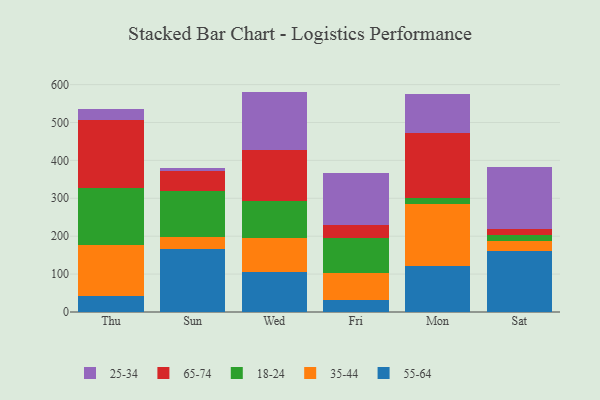
{"axis": {"x": "Day", "y": "Waste Production (Tons)"}, "legend": ["18-24", "25-34", "35-44", "55-64", "65-74"], "data": [{"x": "Thu", "y": 41.6, "type": "55-64"}, {"x": "Thu", "y": 134.8, "type": "35-44"}, {"x": "Thu", "y": 149.7, "type": "18-24"}, {"x": "Thu", "y": 179.5, "type": "65-74"}, {"x": "Thu", "y": 29.1, "type": "25-34"}, {"x": "Sun", "y": 165.7, "type": "55-64"}, {"x": "Sun", "y": 32.1, "type": "35-44"}, {"x": "Sun", "y": 120.2, "type": "18-24"}, {"x": "Sun", "y": 54.7, "type": "65-74"}, {"x": "Sun", "y": 8.2, "type": "25-34"}, {"x": "Wed", "y": 105.9, "type": "55-64"}, {"x": "Wed", "y": 89.1, "type": "35-44"}, {"x": "Wed", "y": 99.0, "type": "18-24"}, {"x": "Wed", "y": 132.3, "type": "65-74"}, {"x": "Wed", "y": 155.2, "type": "25-34"}, {"x": "Fri", "y": 31.4, "type": "55-64"}, {"x": "Fri", "y": 71.5, "type": "35-44"}, {"x": "Fri", "y": 92.0, "type": "18-24"}, {"x": "Fri", "y": 34.4, "type": "65-74"}, {"x": "Fri", "y": 136.7, "type": "25-34"}, {"x": "Mon", "y": 120.2, "type": "55-64"}, {"x": "Mon", "y": 164.8, "type": "35-44"}, {"x": "Mon", "y": 17.0, "type": "18-24"}, {"x": "Mon", "y": 169.3, "type": "65-74"}, {"x": "Mon", "y": 105.2, "type": "25-34"}, {"x": "Sat", "y": 161.8, "type": "55-64"}, {"x": "Sat", "y": 25.8, "type": "35-44"}, {"x": "Sat", "y": 16.2, "type": "18-24"}, {"x": "Sat", "y": 16.0, "type": "65-74"}, {"x": "Sat", "y": 162.5, "type": "25-34"}]}